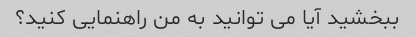
ببخشید آیا می توانید به من راهنمایی کنید؟